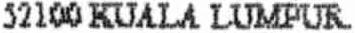
52100 KUALA LUMPUR.